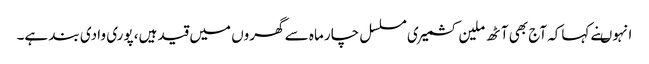
انہوںنے کہاکہ آج بھی آٹھ ملین کشمیری مسلسل چار ماہ سے گھروں میں قید ہیں، پوری وادی بند ہے۔